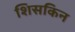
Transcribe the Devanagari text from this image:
शिसकिन